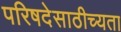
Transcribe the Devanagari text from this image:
परिषदेसाठीच्यता